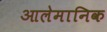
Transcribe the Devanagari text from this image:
आलेमानिक